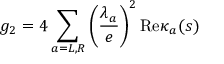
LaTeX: g _ { 2 } = 4 \sum _ { a = L , R } \left( \frac { \lambda _ { a } } { e } \right) ^ { 2 } \mathrm { R e } \kappa _ { a } ( s )